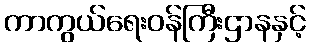
ကာကွယ်ရေးဝန်ကြီးဌာနနှင့်